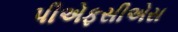
પીએફસીએસ